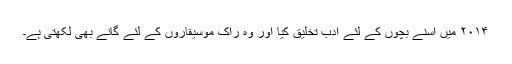
۲۰۱۴ میں اسنے بچوں کے لئے ادب تخلیق کیا اور وہ راک موسیقاروں کے لئے گانے بھی لکھتی ہے۔